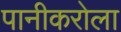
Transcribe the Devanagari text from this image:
पानीकरोला